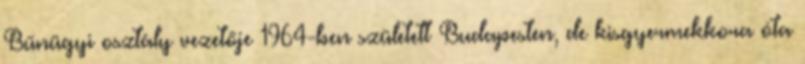
Bűnügyi osztály vezetője 1964-ben született Budapesten, de kisgyermekkora óta